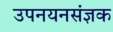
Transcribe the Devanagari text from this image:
उपनयनसंज्ञक